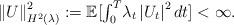
LaTeX: \begin{align*}\left\Vert U\right\Vert _{H^{2}(\lambda)}^{2}:=\mathbb{E[}{\textstyle\int_{0}^{T}}\lambda_{t}\left\vert U_{t}\right\vert ^{2}dt]<\infty.\end{align*}